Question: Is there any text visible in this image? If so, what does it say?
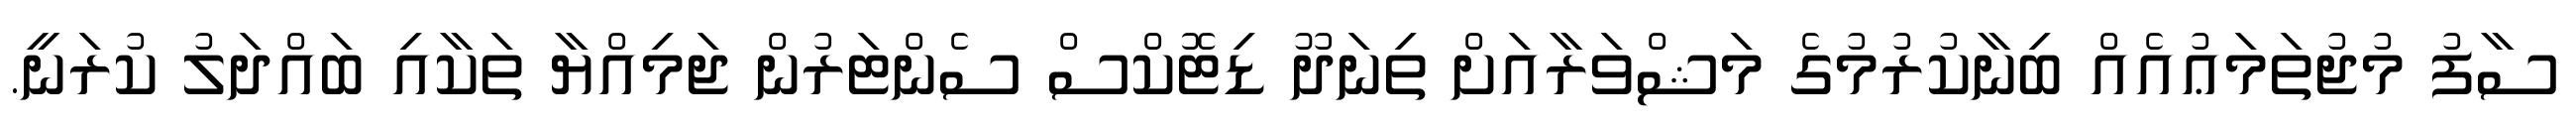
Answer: ސާފު މުޖުތަމަޢުއެއް ބިނާކުރުމުގެ މަޝްވަރާއަށް ތިނަދޫ ޑިޓޮކްސް ސެންޓަރުން ޖަމިއްޔާ ތަކާއި ބައްދަލު ކުރަނީ.